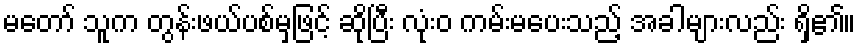
မတော် သူက တွန်းဖယ်ပစ်မှဖြင့် ဆိုပြီး လုံးဝ ကမ်းမပေးသည့် အခါများလည်း ရှိ၏။